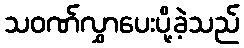
သဝဏ်လွှာပေးပို့ခဲ့သည်